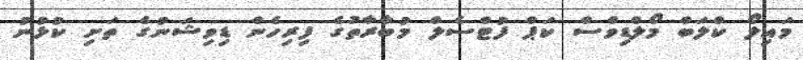
މައިލޯ ކްލަބް މޯލްޑިވްސް ކަޕް ފުޓްސެލް މުބާރާތުގެ ފިރިހެން ޑިވިޝަނުގެ ތަށި ކުޅުނު